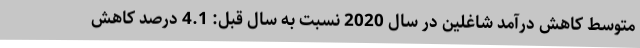
متوسط کاهش درآمد شاغلین در سال 2020 نسبت به سال قبل: 4.1 درصد کاهش